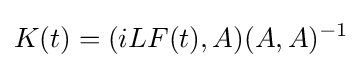
K(t)=(iLF(t),A)(A,A)^{-1}